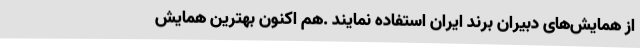
از همایش‌های دبیران برند ایران استفاده نمایند .هم اکنون بهترین همایش